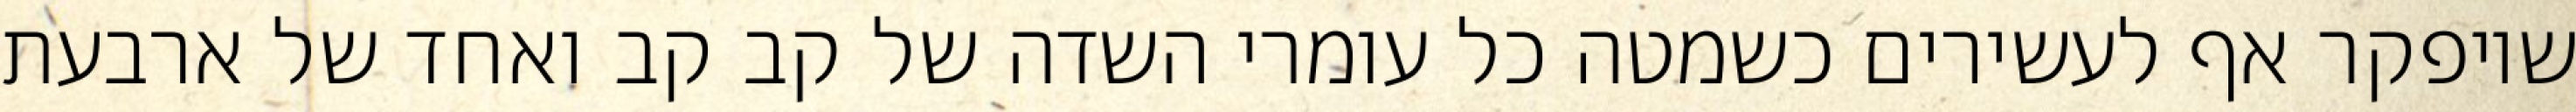
שיופקר אף לעשירים כשמטה כל עומרי השדה של קב קב ואחד של ארבעת